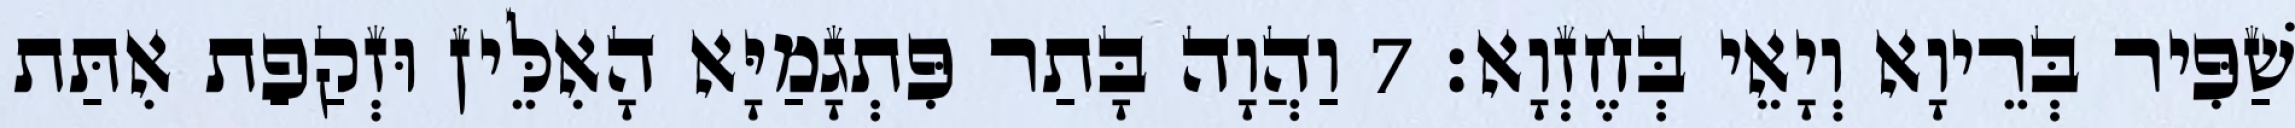
שַׁפִּיר בְּרֵיוָא וְיָאֵי בְּחֶזְוָא׃ 7 וַהֲוָה בָּתַר פִּתְגָמַיָּא הָאִלֵּין וּזְקַפַת אִתַּת